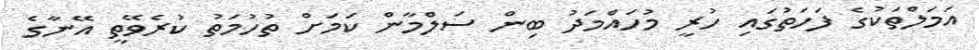
އަމަލްތަކުގެ ފަހަތުގައި ހުރީ މުހައްމަދު ބިން ސަލްމާން ކަމަށް ތުހުމަތު ކުރެވޭތީ އޭނާގެ